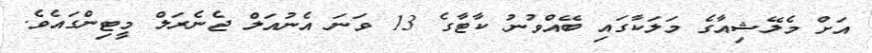
އަށް މެލޭޝިއާގެ މަލަކާގައި ބޭއްވުނު ކާޓާގެ 13 ވަނަ އެނުއަލް ޖެނެރަލް މީޓިންގައެވެ.